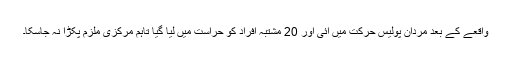
واقعے کے بعد مردان پولیس حرکت میں آئی اور 20 مشتبہ افراد کو حراست میں لیا گیا تاہم مرکزی ملزم پکڑا نہ جاسکا۔